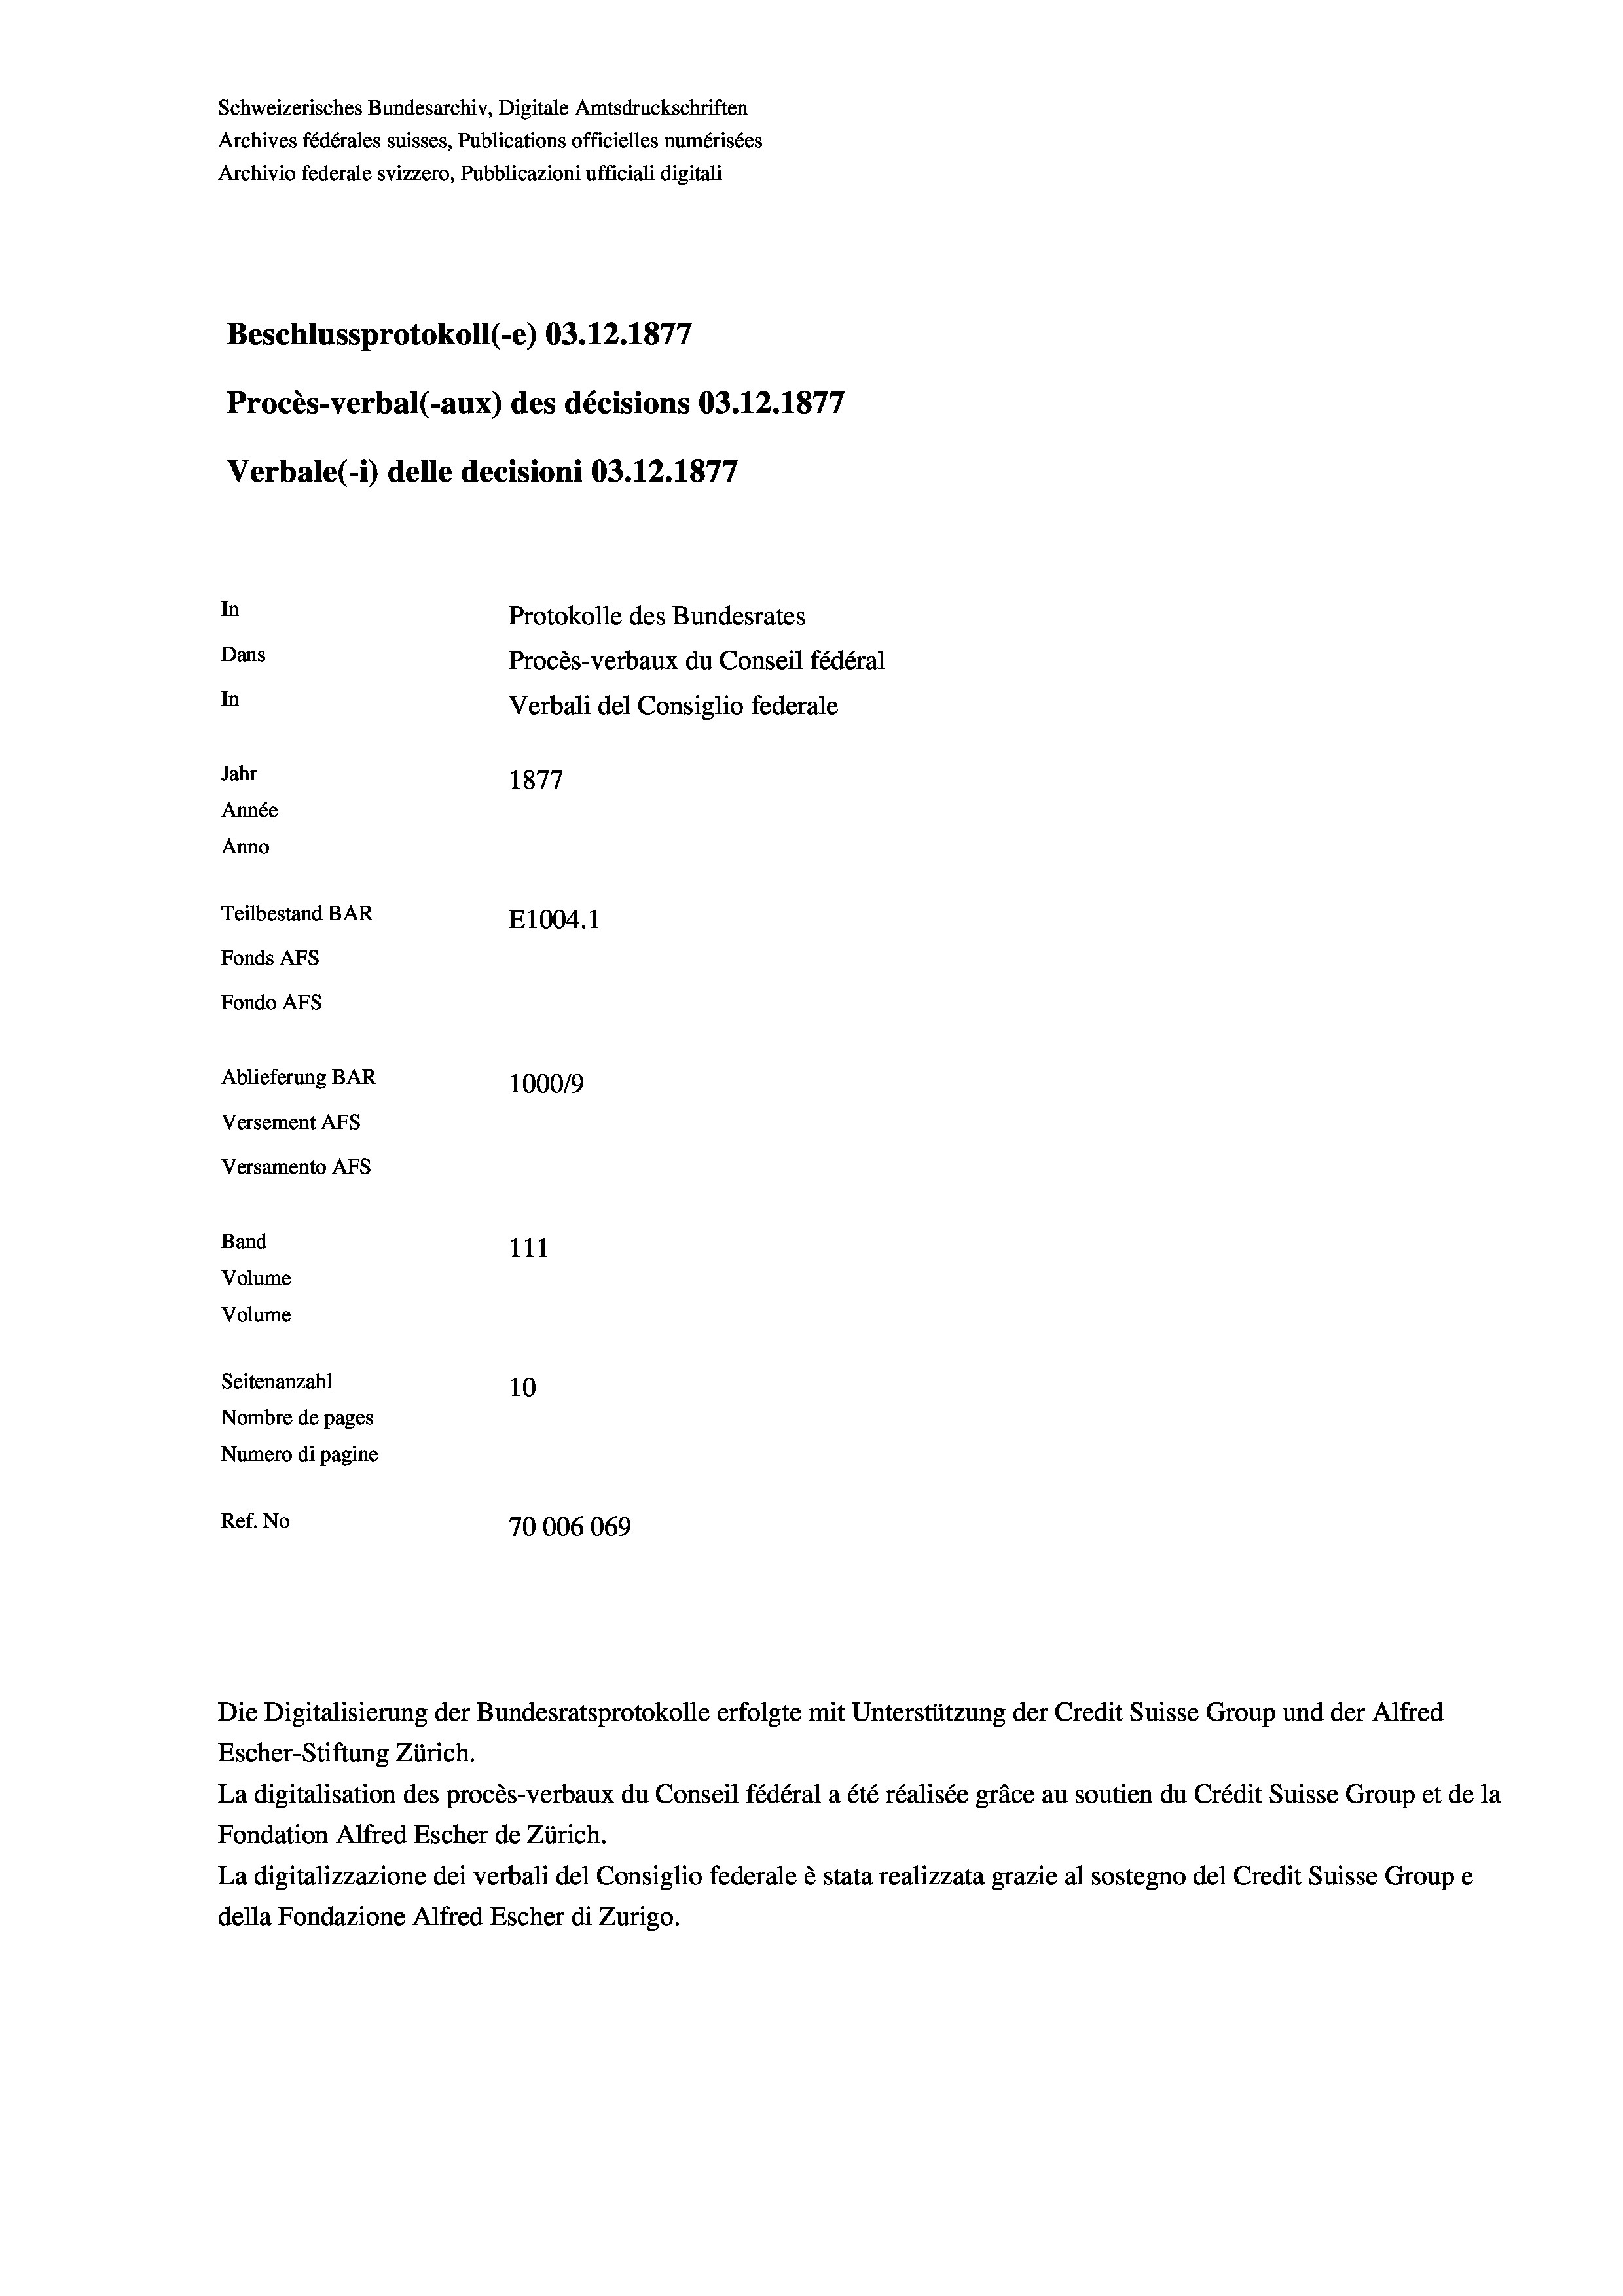
Schweizerisches Bundesarchiv, Digitale Amtsdruckschriften
Archives fédérales suisses, Publications officielles numérisées
Archivio federale svizzero, Pubblicazioni ufficiali digitali
777
Beschlussprotokoll (-e) 03.12.187/
77
Procès-verbal (-aux) des décisions 03.12.187
Verbale(- 1) delle decisioni 03.12.1877
In
Protokolle des Bundesrates
Dans
Procès-verbaux du Conseil fédéral
In
Verbali del Consiglio federale
Jahr
1877
Année
Anno
Teilbestand BAR
E1004. 1
Fonds Afs
Fondo AFs
Ablieferung BAR
100019
Versement Abs
Versamento Afs
Band
111
Volume
Volume
Seitenanzahl
10
Nombre de pages
Numero di pagine
Ref. No
70006069

Die Digitalisierung der Bundesratsprotokolle erfolgte mit Unterstützung der Credit Suisse Group und der Alfred
Escher-Stiftung Zürich.
La digitalisation des procès-verbaux du Conseil fédéral a été réalisée gräce au soutien du Crédit Suisse Group et de la
Fondation Alfred Escher de Zürich.
La digitalizzazione dei verbali del Consiglio federale è stata realizzata grazie al sostegno del Credit Suisse Groupe
della Fondazione Alfred Escher di Zurigo.